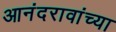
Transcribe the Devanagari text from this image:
आनंदरावांच्या